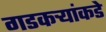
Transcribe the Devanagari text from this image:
गडकऱ्यांकडे